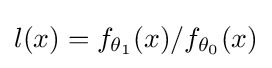
l(x)=f_{\theta _{1}}(x)/f_{\theta _{0}}(x)